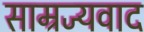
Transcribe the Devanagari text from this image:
साम्रज्यवाद